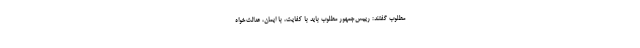
مطلوب گفتند: رییس‌جمهور مطلوب باید با کفایت، با ایمان، عدالت‌خواه